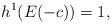
LaTeX: \begin{align*}h^1(E(-c))=1,\end{align*}